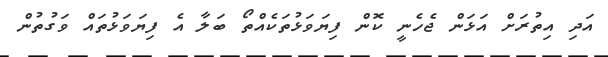
އަދި އިތުރަށް އަޅަން ޖެހެނީ ކޮން ފިޔަވަޅުތަކެއްތޯ ބަލާ އެ ފިޔަވަޅުތައް ވަގުތުން